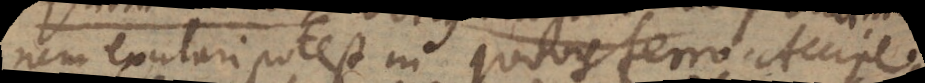
nem excitari potest in quovis ferro. Accipe